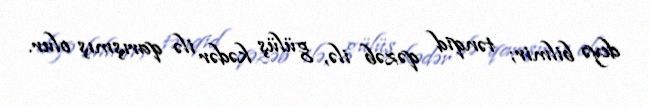
deyə bilmir; tənqid qəzəb ilə, gülüş kədər ilə qarışmış olur.